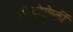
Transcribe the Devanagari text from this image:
ऑस्ट्रोगोर्स्की